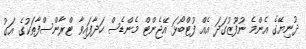
ދުނިޔޭގެ އެންމެ ނުފޫޒުގަދަ އެއް ފުޓްބޯޅަ އޭޖެންޓް މެންޑެސް ހަދާފައިވާ ޓްރާންސްފާތަކުގެ އަގު